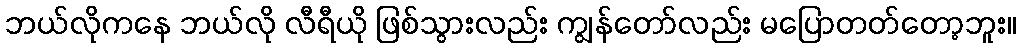
ဘယ်လိုကနေ ဘယ်လို လီရီယို ဖြစ်သွားလည်း ကျွန်တော်လည်း မပြောတတ်တော့ဘူး။